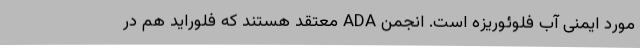
مورد ایمنی آب فلوئوریزه است. انجمن ADA معتقد هستند که فلوراید هم در